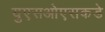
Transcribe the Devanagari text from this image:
युएसओएसकडे